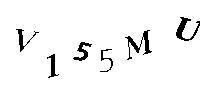
V155MU